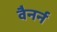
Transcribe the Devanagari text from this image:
वैनर्न